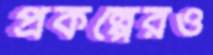
প্রকল্পেরও